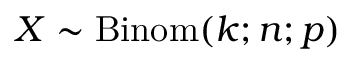
X \sim \operatorname { B i n o m } ( k ; n ; p )